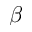
\beta